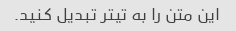
این متن را به تیتر تبدیل کنید.